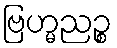
ဗြဟ္မညဉ္စ